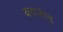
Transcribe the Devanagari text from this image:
दादाजीच